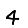
Digit: 4